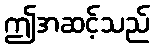
ဤအဆင့်သည်